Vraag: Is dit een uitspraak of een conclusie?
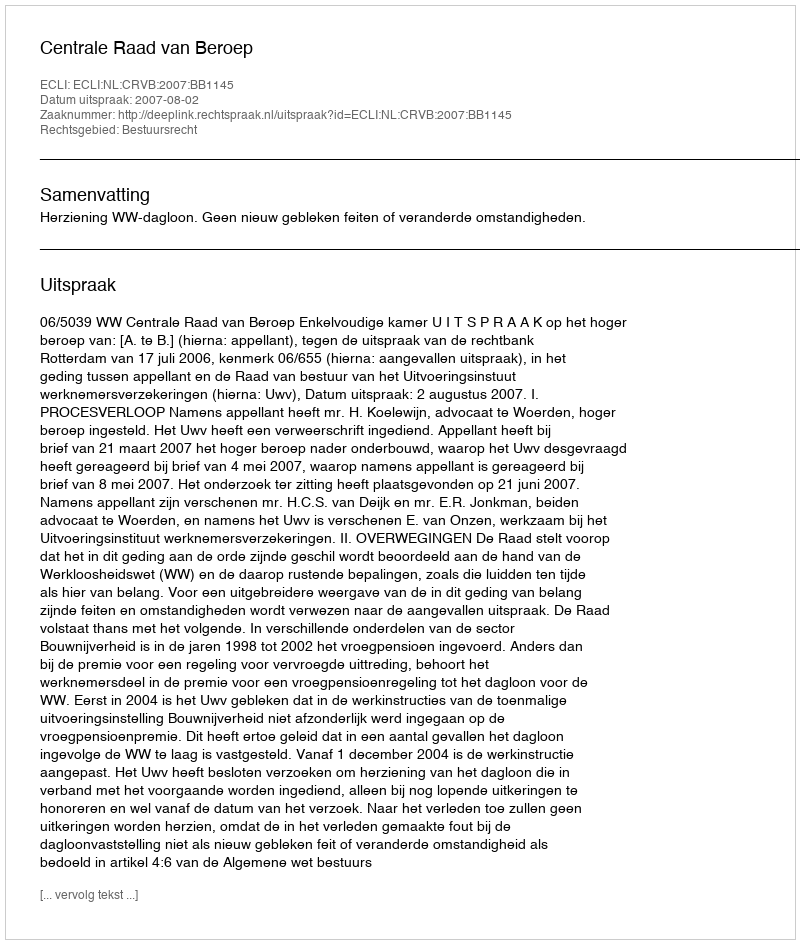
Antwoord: Uitspraak